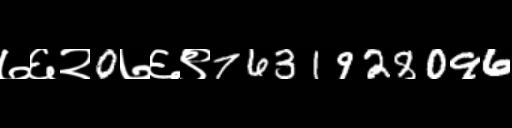
Text: ७६२0७६९7631928096